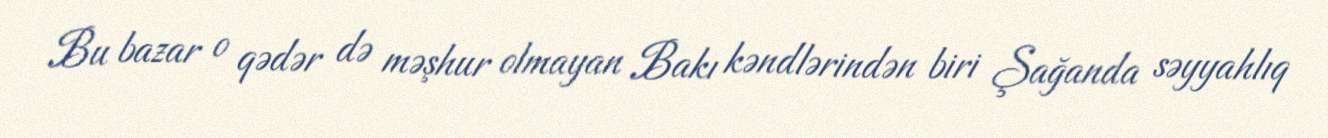
Bu bazar o qədər də məşhur olmayan Bakı kəndlərindən biri Şağanda səyyahlıq